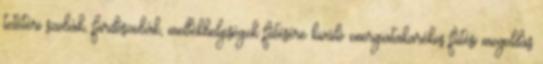
tetőtéri szobák, fürdőszobák, mellékhelyiségek fűtésére kiváló energiatakarékos fűtési megoldás